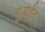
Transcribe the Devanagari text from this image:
मुबईत